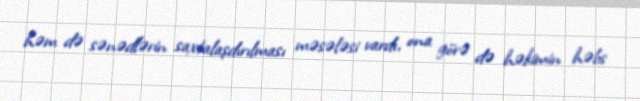
həm də sənədlərin saxtalaşdırılması məsələsi vardı, ona görə də həkimin həbs